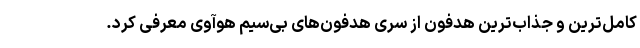
کامل‌ترین و جذاب‌ترین هدفون از سری هدفون‌های بی‌سیم هوآوی معرفی کرد.